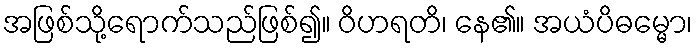
အဖြစ်သို့ရောက်သည်ဖြစ်၍။ ဝိဟရတိ၊ နေ၏။ အယံပိဓမ္မော၊